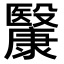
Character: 𣫥